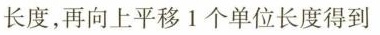
长度，再向上平移1个单位长度得到